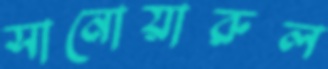
সানোয়ারুল